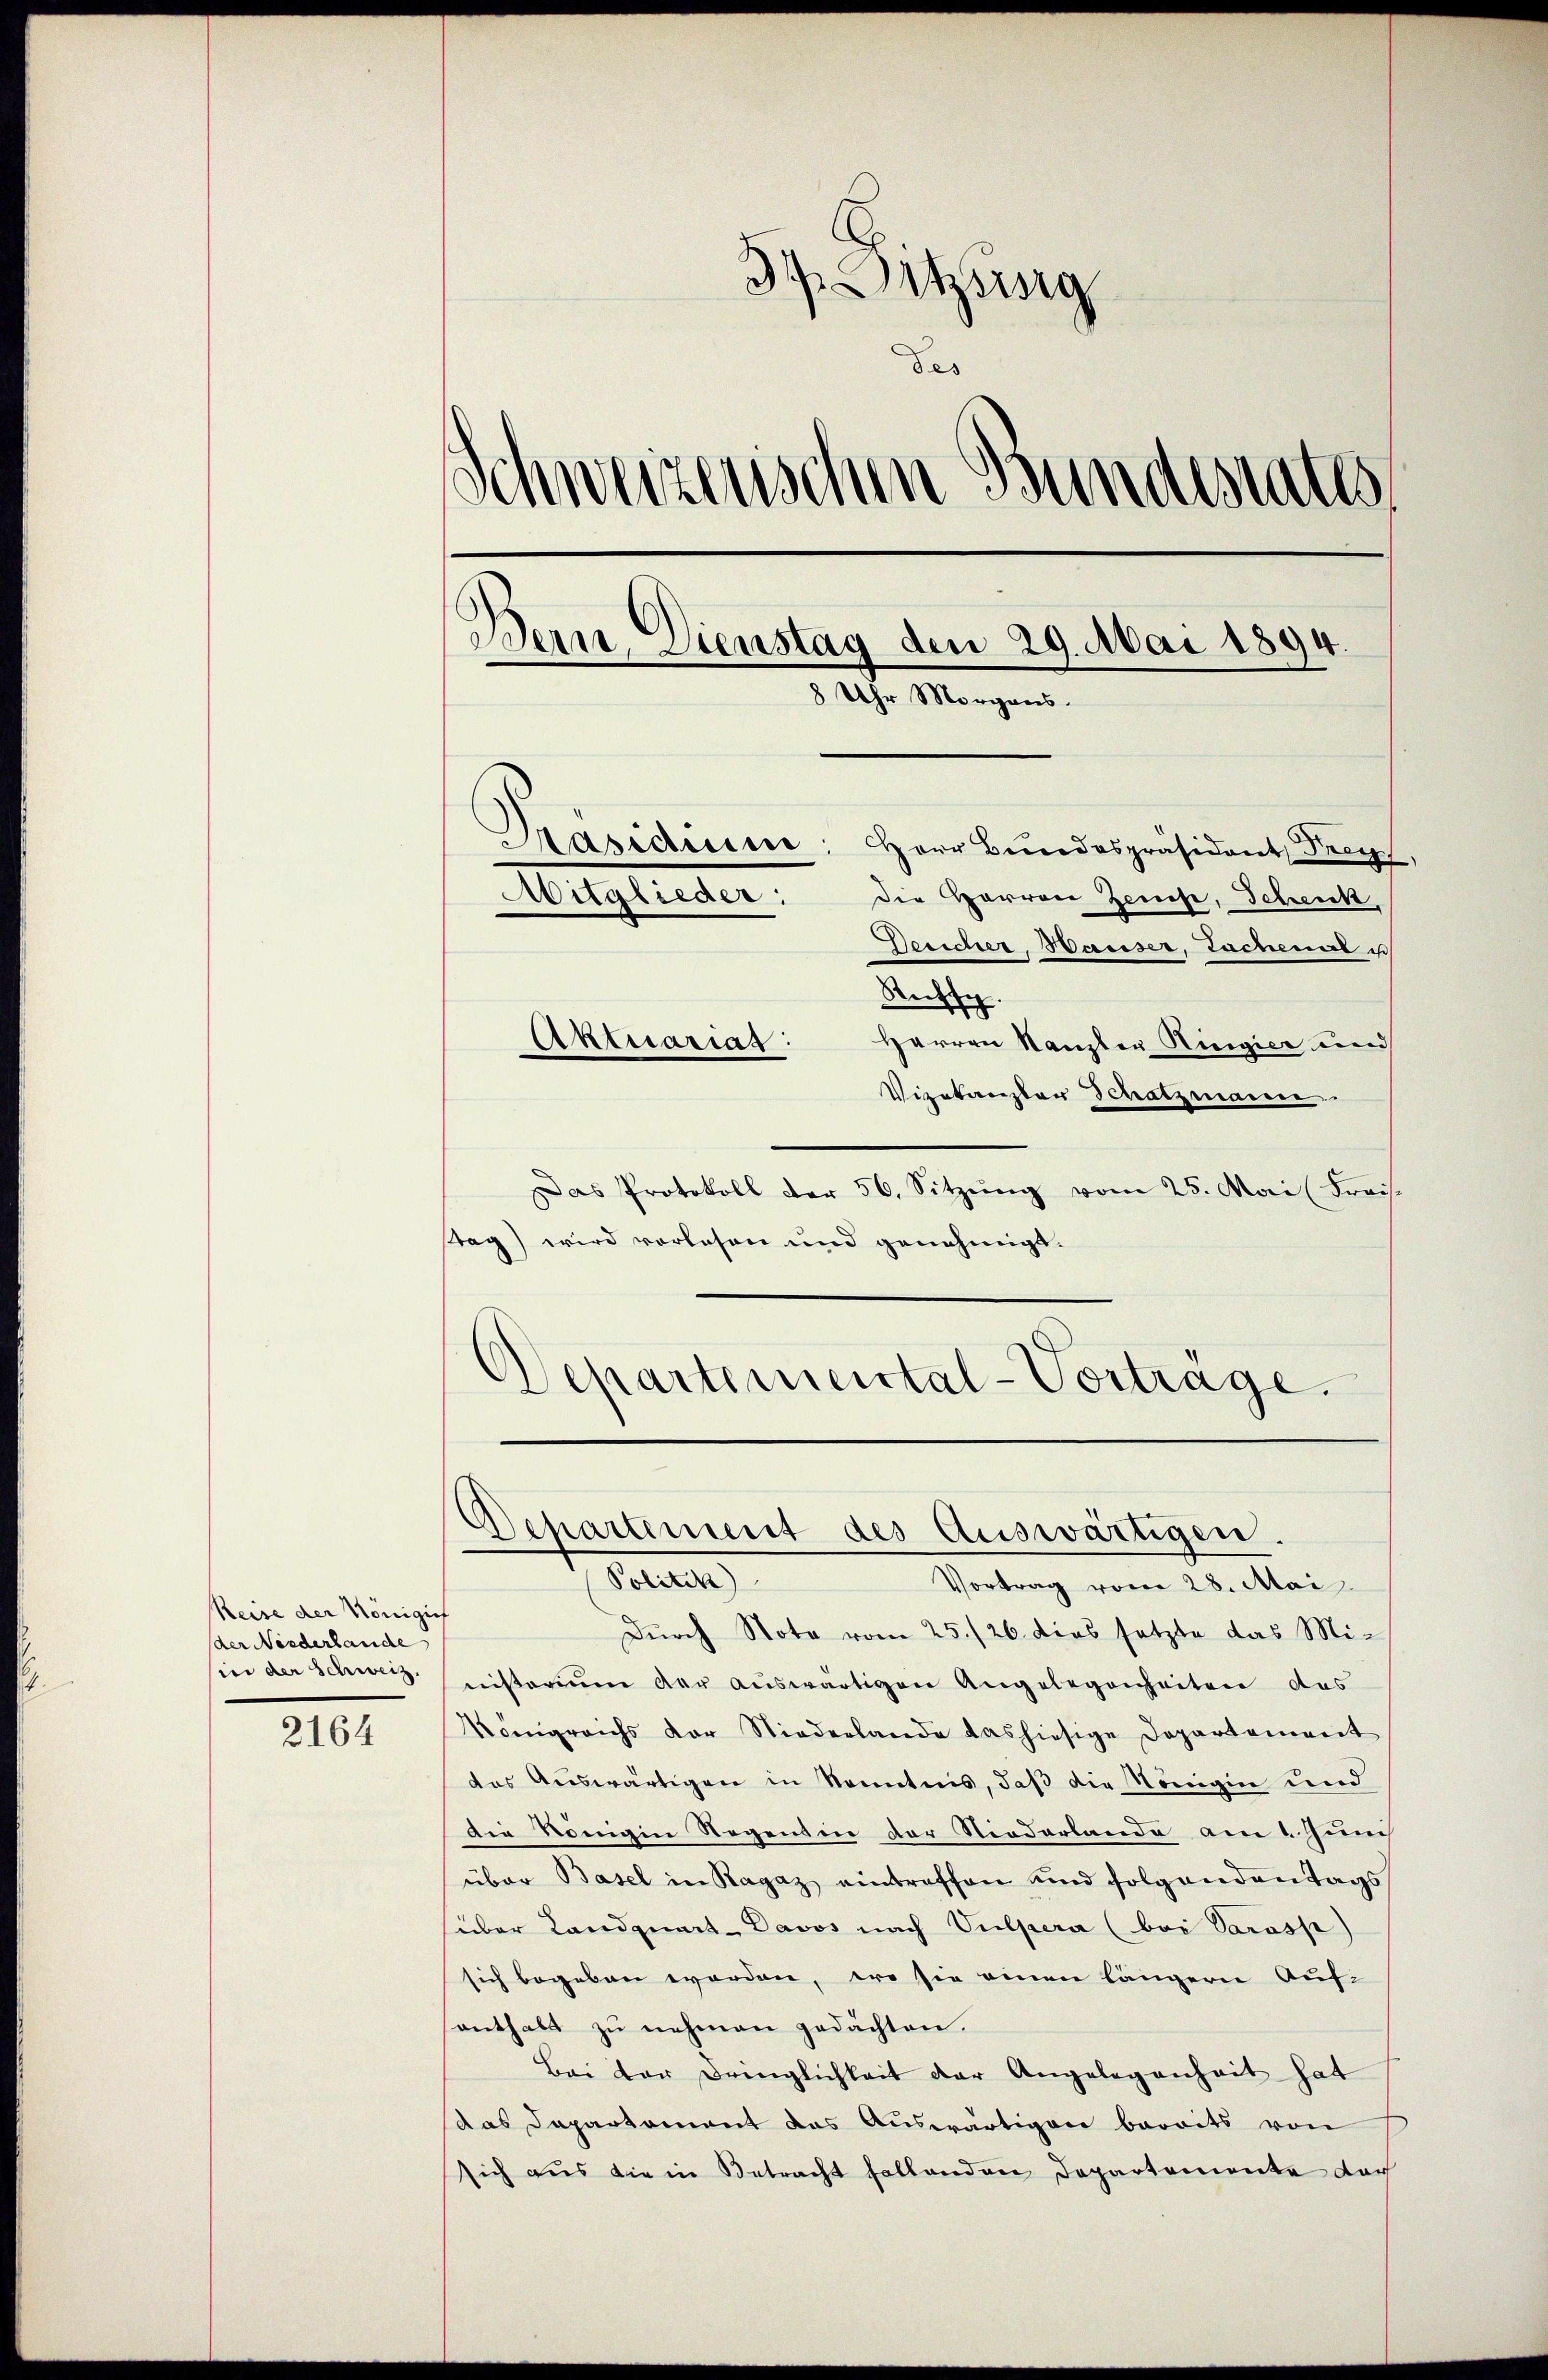
Reise der Königif
der Niederlande
sin der Schweiz.

2164

Hitzig
des
Schweizerischen Bundesrates,
Bern Dienstag den 29. Mai 1894
8 Uhr Morgens.
Präsidium: Herr Bŭndespräsident Frey,
Mitglieder:
Die Herren Zeiche, Schenk,
Desicher, Hauser, Lachenal u
Rechse.
Aktuarias:
Herren Kanzler Regier und
Vizekanzler Schatzmann.

Das Protokoll der 56. Sitzung vom 25. Mai (Kreis.
Tag) wird vorlesen und genehmigt.
Departimental-Vortrage.

Departement des Auswärtigen.

Politik
Vortrag vom 28. Mai
Durch Note vom 25./26. dies setzte das Ministerium der auswärtigen Angelegenheiten des
Königreichs vor Niederlande das hiesige Departenvert
des Auswärtigen in Kenntnis, daß die Königin und
Die Königin Regens in der Niederlande am 1 Jun
über Basel in Ragaz eintreffen und folgendentags
über Landquart-Davos nach Vulpera (bei Parosp
sich begeben worden, wo sie einen längern Auf-
enthalt zŭ nehmen gedachten.
Bei der Dringlichkeit der Angelegenheit hat
das Departament das Auswärtigen bereits von
sich aus die in Betracht sollenden Departemente doch